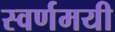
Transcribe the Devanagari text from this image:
स्‍वर्णमयी